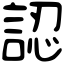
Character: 認